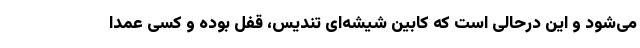
می‌شود و این در‌حالی است که کابین شیشه‌ای تندیس، قفل بوده و کسی عمدا